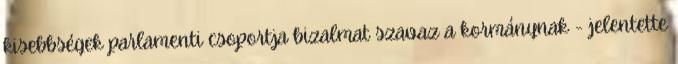
kisebbségek parlamenti csoportja bizalmat szavaz a kormánynak - jelentette